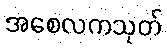
အစေလကသုတ်